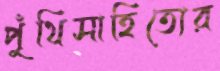
পুঁথিসাহিত্যের